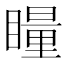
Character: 𭿝